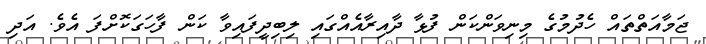
ޖަމާއަތްތައް ހެދުމުގެ މިނިވަންކަން ފުޅާ ދާއިރާއެއްގައި ލިބިދީފައިވާ ކަން ފާހަގަކޮށްފަ އެވެ. އަދި